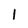
Character: l